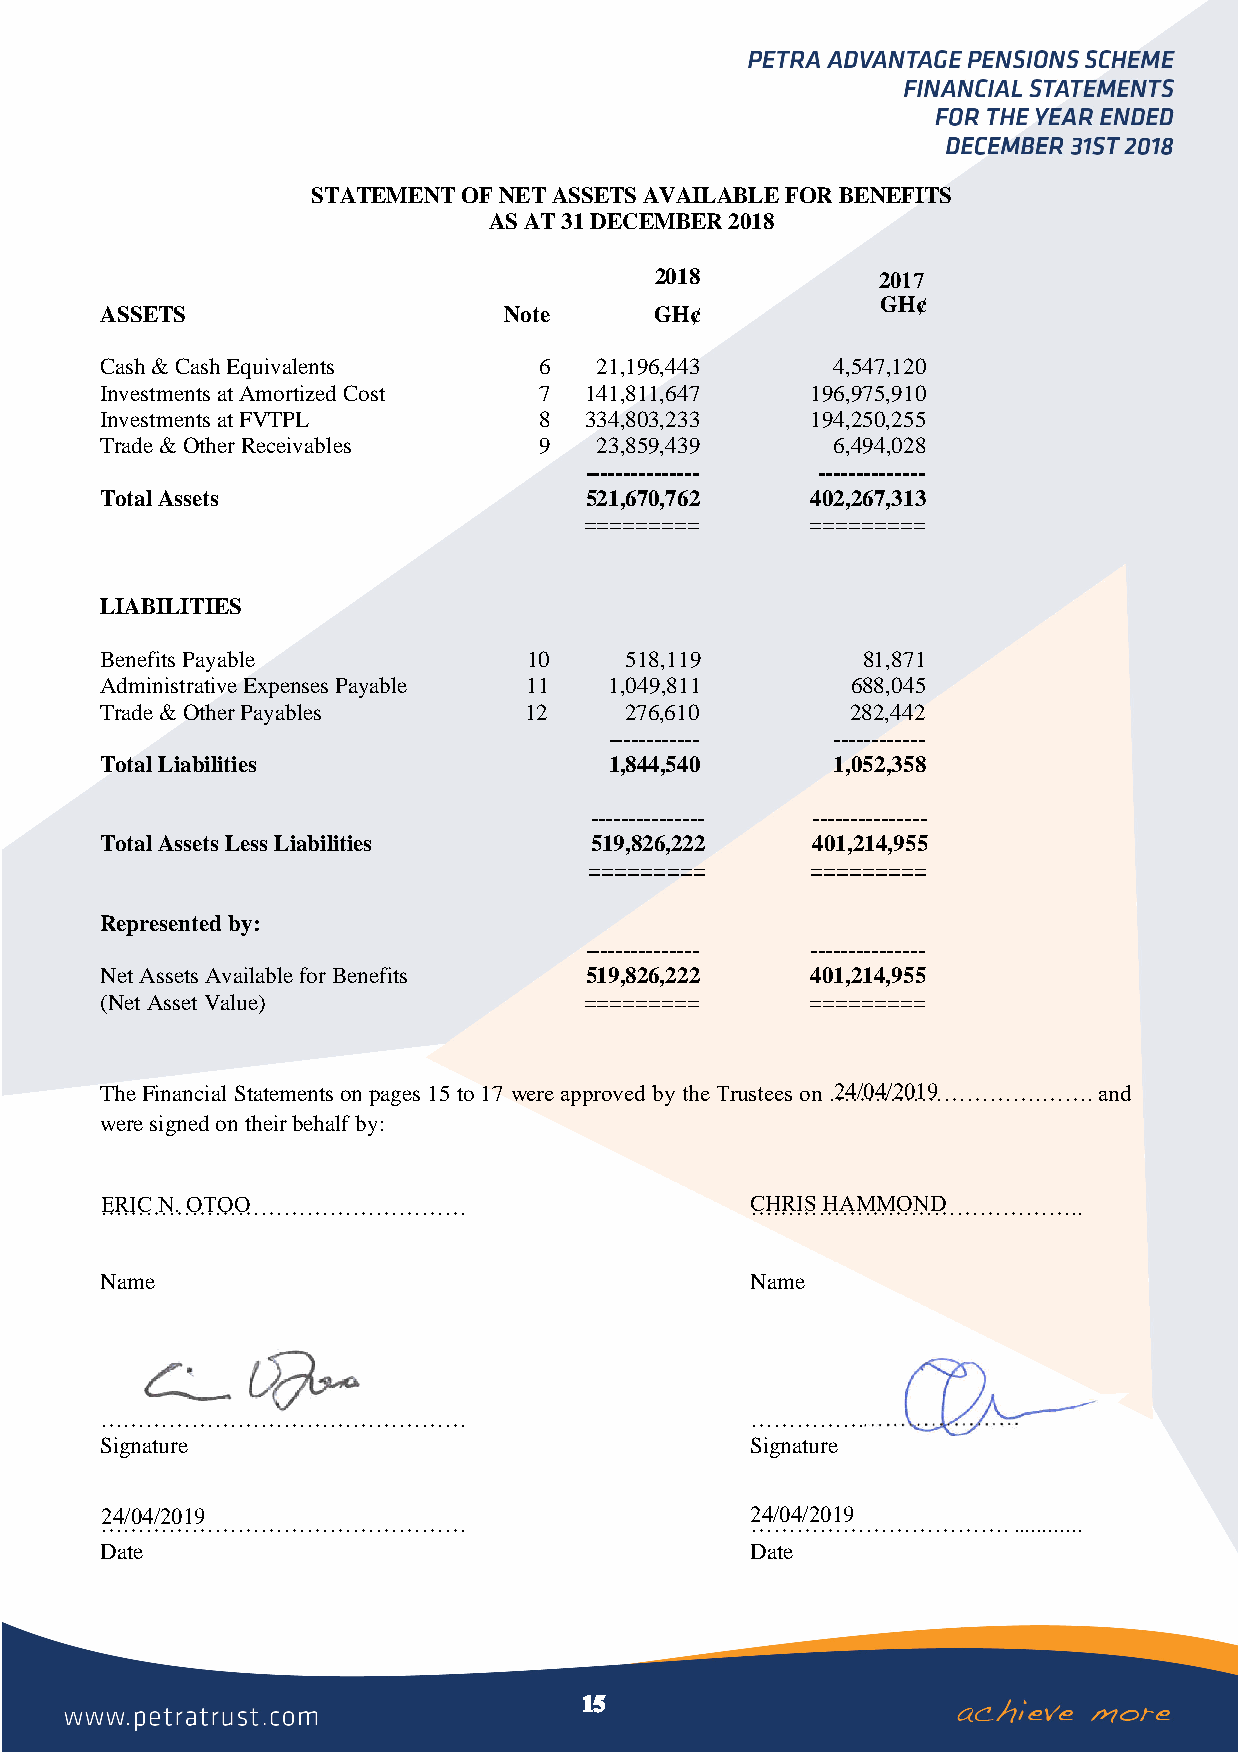
STATEMENT OF NET ASSETS AVAILABLE FOR BENEFITS
 AS AT 31 DECEMBER 2018
 2018           2017
 GH¢
 ASSETS                    Note      GH¢
 Cash & Cash Equivalents      6   21,196,443     4,547,120
 Investments at Amortized Cost 7 141,811,647    196,975,910
 Investments at FVTPL         8  334,803,233    194,250,255
 Trade & Other Receivables    9   23,859,439     6,494,028
 --------------- --------------
 Total Assets                    521,670,762    402,267,313
 =========      =========
 LIABILITIES
 Benefits Payable            10    518,119         81,871
 Administrative Expenses Payable 11 1,049,811     688,045
 Trade & Other Payables      12    276,610        282,442
 ------------   ------------
 Total Liabilities                1,844,540      1,052,358
 --------------- ---------------
 Total Assets Less Liabilities   519,826,222    401,214,955
 =========      =========
 Represented by:
 --------------- ---------------
 Net Assets Available for Benefits 519,826,222  401,214,955
 (Net Asset Value)               =========      =========
 The Financial Statements on pages 15 to 17 were approved by the Trustees on …24…/04…/2…01…9………….……. and
 were signed on their behalf by:
 …ER…IC… N…. O…T…OO…………………………               C…H…R…IS …HA…M…M…O…ND………………..
 Name                                       Name
 …………………………………………                           …………………………….............
 Signature                                  Signature
 24/04/2019                                 24/04/2019
 …………………………………………                           …………………………….............
 Date                                       Date
 15